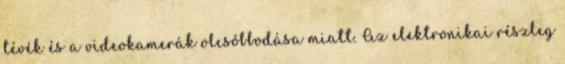
tévék és a videokamerák olcsóbbodása miatt. Az elektronikai részleg